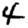
Digit: 4